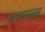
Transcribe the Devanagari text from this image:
तातप्यमानम्